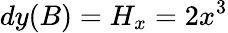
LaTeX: dy(B)=H_{x}=2x^{3}